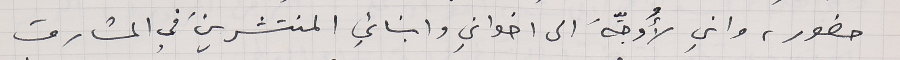
حضور، واني لأُوجِّهَ الى اخواني وابنائي المنتشرينَ في المشارق